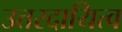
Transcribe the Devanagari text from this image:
उत्तरदायित्व